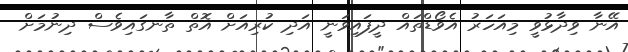
އޭނާ ވިދާޅުވީ މިއަހަރު އެވޯޑްތައް ދީފައިވަނީ އަދި ކުރިއަށް އޮތް ތާނގައިވެސް ދިނުމަށް